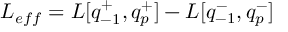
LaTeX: L _ { e f f } = L [ q _ { - 1 } ^ { + } , q _ { p } ^ { + } ] - L [ q _ { - 1 } ^ { - } , q _ { p } ^ { - } ]